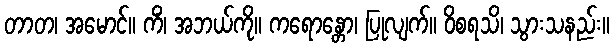
တာတ၊ အမောင်။ ကိံ၊ အဘယ်ကို။ ကရောန္တော၊ ပြုလျက်။ ဝိစရသိ၊ သွားသနည်း။